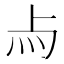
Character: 𤆛